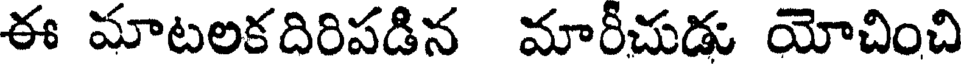
ఈ మాటలకదిరిపడిన మారీచుడు యోచించి